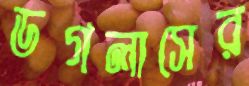
ডগলাসের